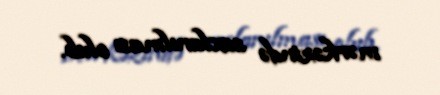
mərkəzində saxlanılması olub.